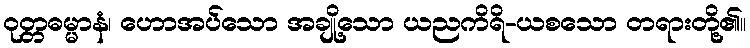
ဝုတ္တဓမ္မာနံ၊ ဟောအပ်သော အချို့သော ယညကိရိ-ယစသော တရားတို့၏။